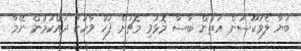
ބަޔާ ލެވަކޫސަން އަތުން ބާސާ މޮޅުވި މެޗަށް ފަހު ވާހަކަ ދައްކަމުން ނޭމާ